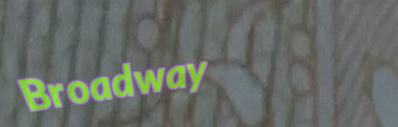
Broadway